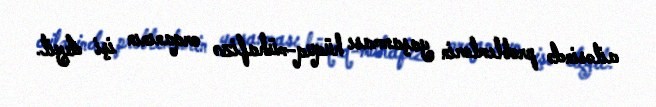
ailəsində problemlərin yaşanması hüquq-mühafizə orqanının işi deyil.